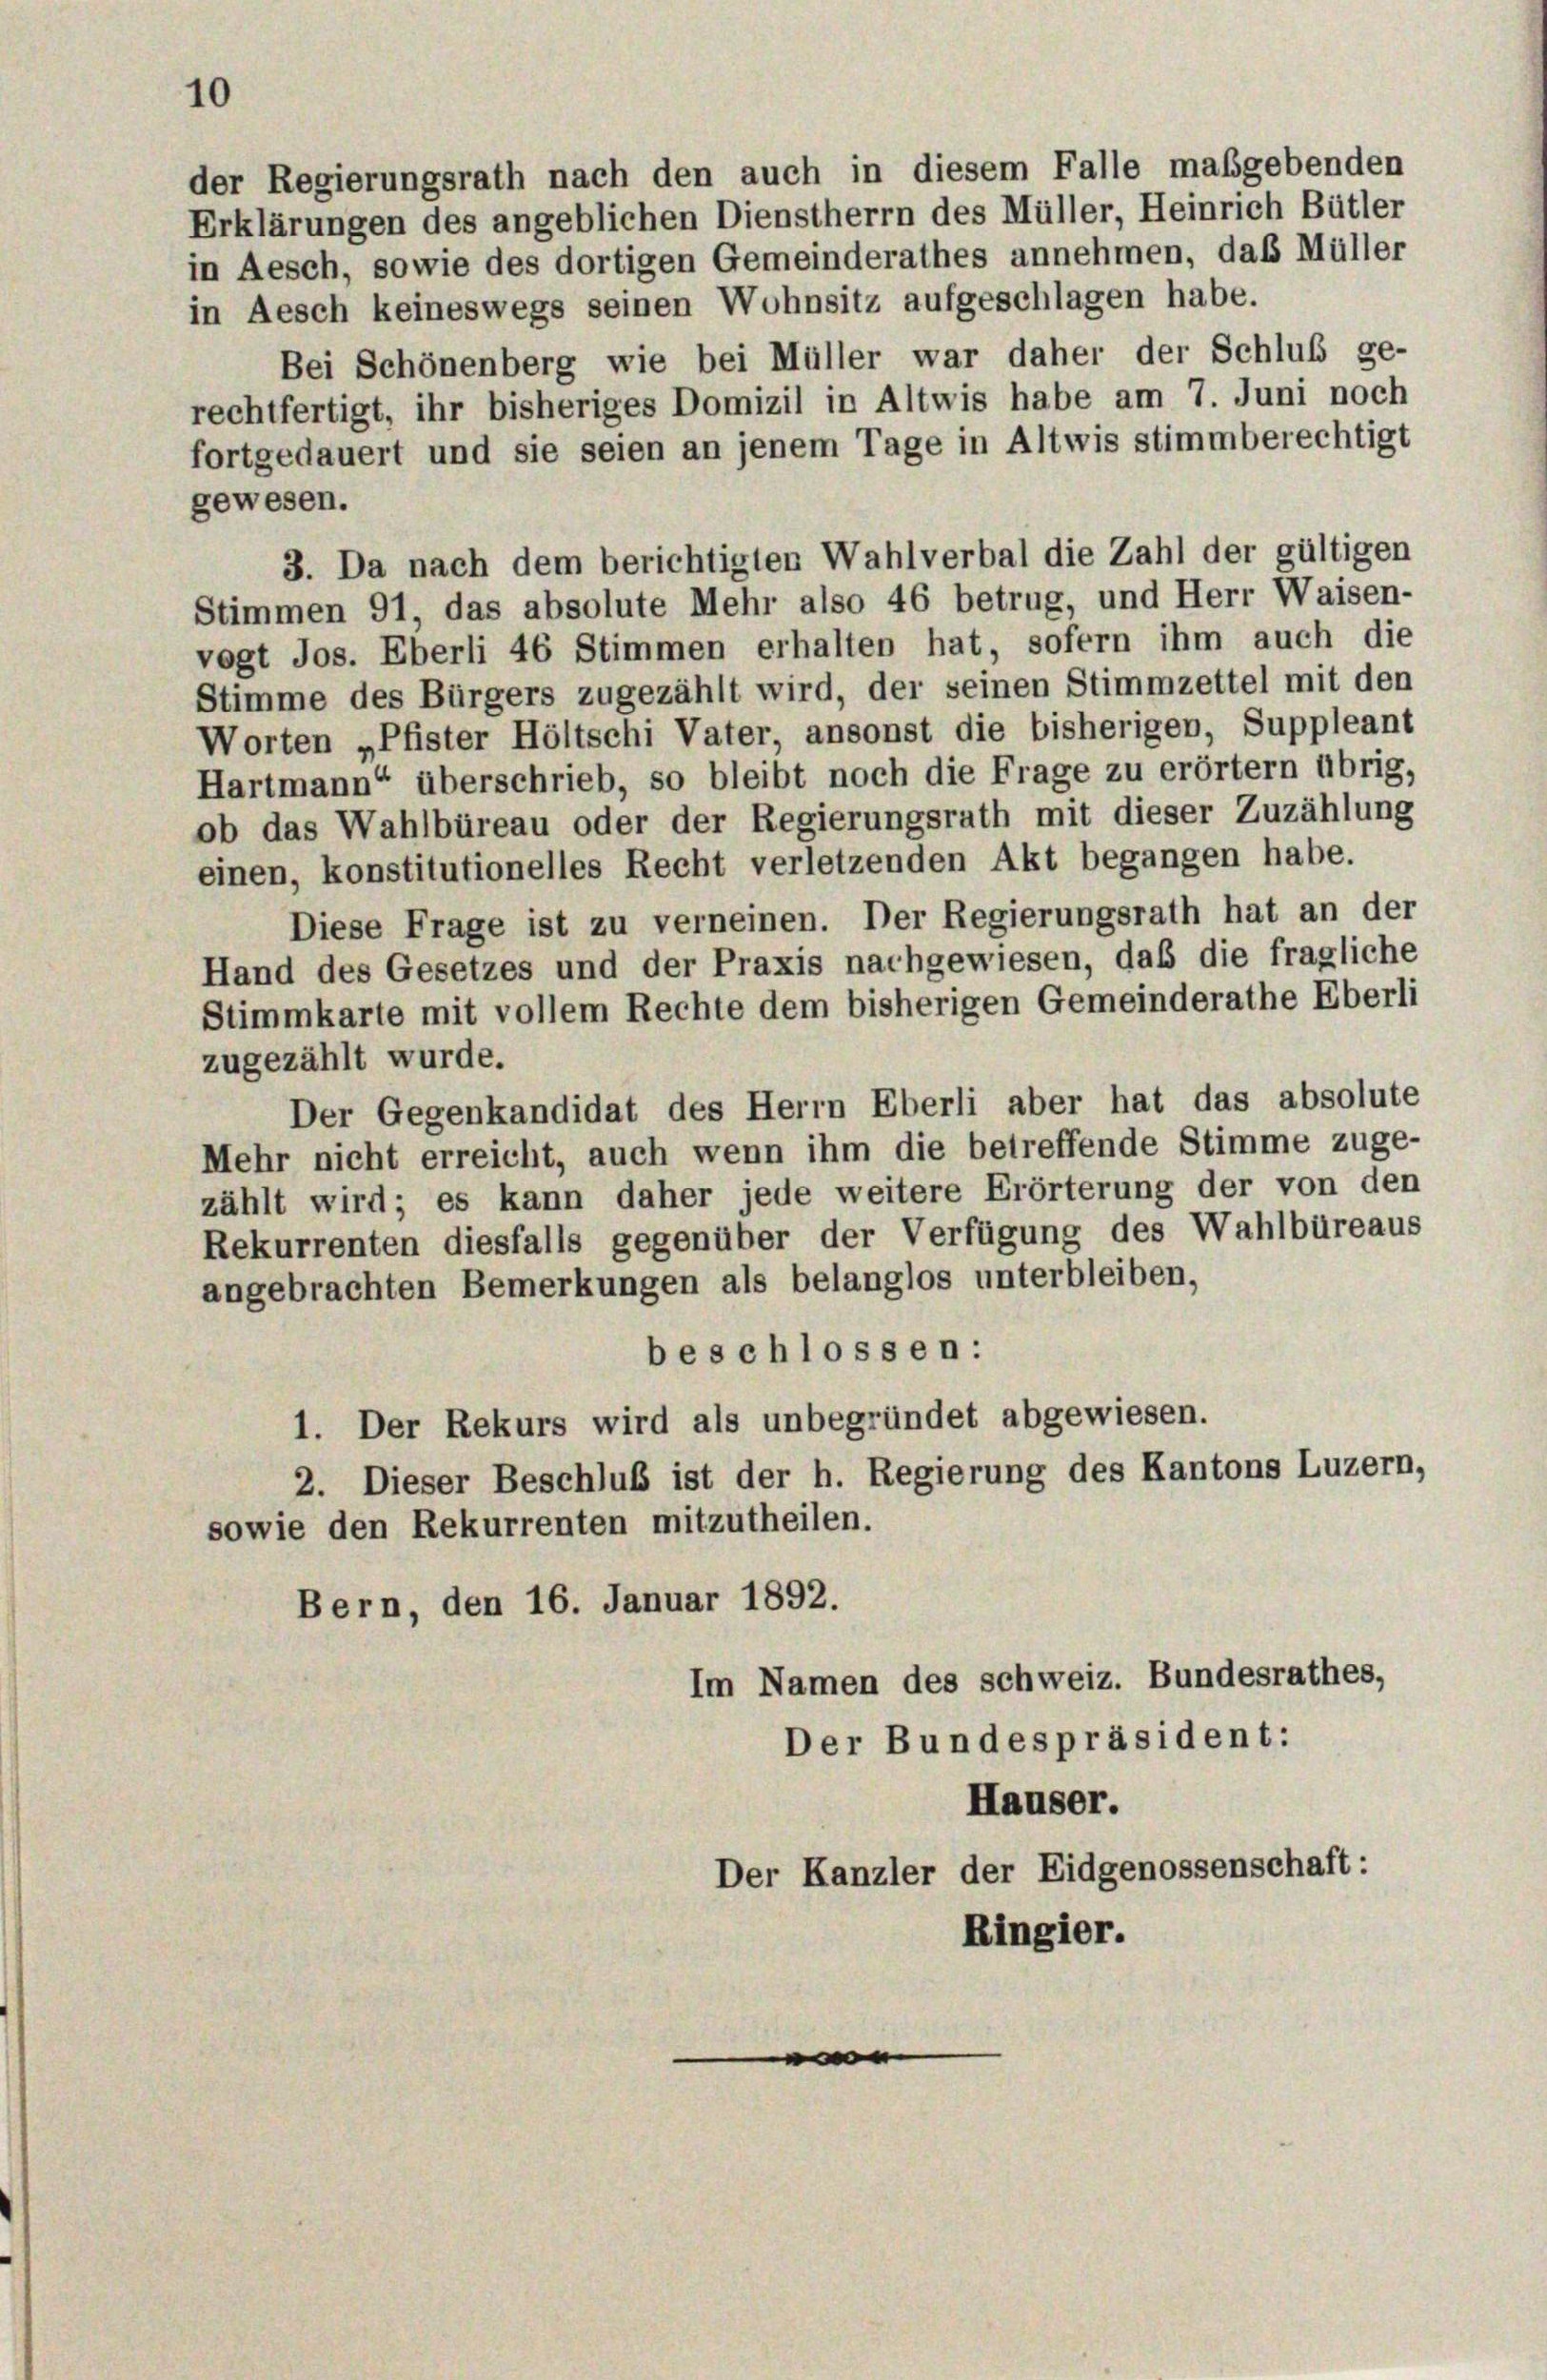
10
der Regierungsrath nach den auch in diesem Falle maßgebenden
Erklärungen des angeblichen Dienstherrn des Müller, Heinrich Bütler
in Aesch, sowie des dortigen Gemeinderathes annehmen, daß Müller

in Aesch keineswegs seinen Wohnsitz aufgeschlagen habe.
Bei Schönenberg wie bei Müller war daher der Schluß ge-
rechtfertigt, ihr bisheriges Domizil in Altwis habe am 7. Juni noch
fortgedauert und sie seien an jenem Tage in Altwis stimmberechtigt
gewesen.
3. Da nach dem berichtigten Wahlverbal die Zahl der gültigen
Stimmen 91, das absolute Mehr also 46 betrug, und Herr Waisen-
vogt Jos. Eberli 46 Stimmen erhalten hat, sofern ihm auch die
Stimme des Bürgers zugezählt wird, der seinen Stimmzettel mit den
Worten „Pfister Höltschi Vater, ansonst die bisherigen, Suppleant
Hartmann“ überschrieb, so bleibt noch die Frage zu erörtern übrig,
ob das Wahlbüreau oder der Regierungsrath mit dieser Zuzählung
einen, konstitutionelles Recht verletzenden Akt begangen habe.
Diese Frage ist zu verneinen. Der Regierungsrath hat an der
Hand des Gesetzes und der Praxis nachgewiesen, daß die fragliche
Stimmkarte mit vollem Rechte dem bisherigen Gemeinderathe Eberli
zugezählt wurde.
Der Gegenkandidat des Herrn Eberli aber hat das absolute
Mehr nicht erreicht, auch wenn ihm die betreffende Stimme zuge-
zählt wird; es kann daher jede weitere Erörterung der von den
Rekurrenten diesfalls gegenüber der Verfügung des Wahlbüreaus
angebrachten Bemerkungen als belanglos unterbleiben,
beschlossen:
1. Der Rekurs wird als unbegründet abgewiesen.
2. Dieser Beschluß ist der h. Regierung des Kantons Luzern,
sowie den Rekurrenten mitzutheilen.
Bern, den 16. Januar 1892.
Im Namen des schweiz. Bundesrathes,
Der Bundespräsident:
Hauser.
Der Kanzler der Eidgenossenschaft:
Ringier.